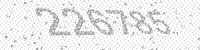
Solution: 226785